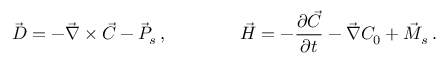
\vec { D } = - \vec { \nabla } \times \vec { C } - \vec { P } _ { s } \, , \qquad \qquad \vec { H } = - { \frac { \partial \vec { C } } { \partial t } } - \vec { \nabla } C _ { 0 } + \vec { M } _ { s } \, .